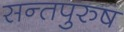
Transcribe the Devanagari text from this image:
सन्तपुरुष